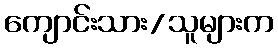
ကျောင်းသား/သူများက